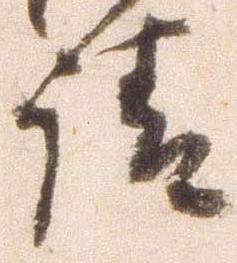
請